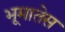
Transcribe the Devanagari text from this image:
भूमातेस